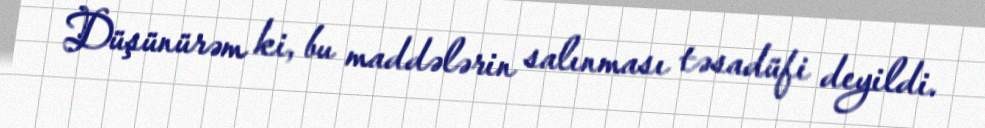
Düşünürəm ki, bu maddələrin salınması təsadüfi deyildi.